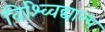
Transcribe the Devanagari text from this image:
विश्व्विद्याल्य